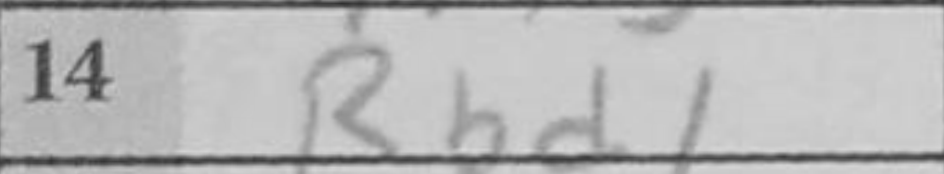
Transcription: Rbd1